Report on sanitation, dispensaries, and jails in Rajputana for 1918, and on vaccination for the year 1918-1919 - 1918-1919
Year: 1918
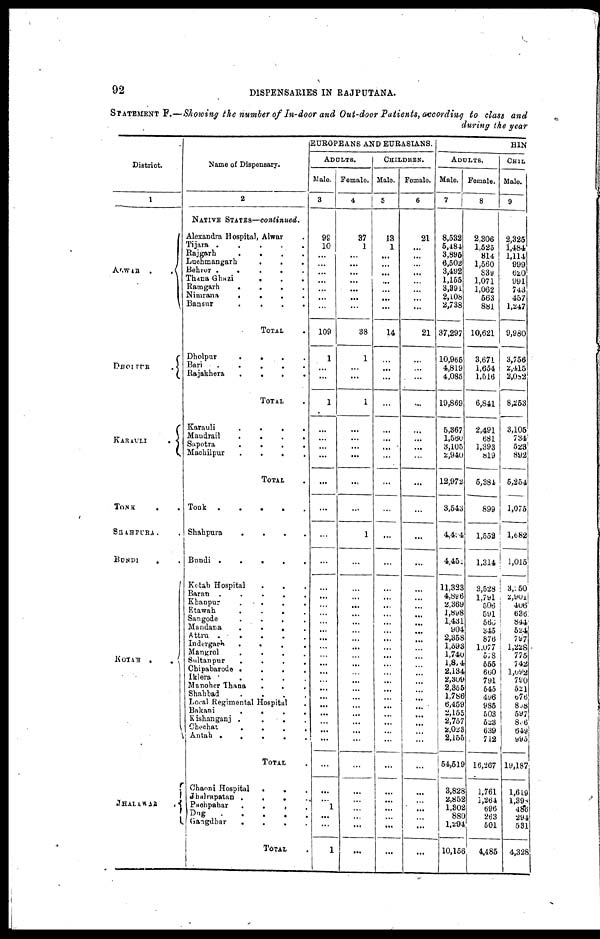
92
DISPENSARIES IN RAJPUTANA.
STATEMENT F.—Showing the number of In-door and Out-door Patients, according to class and
during the year
District.
1
ALWAR
..
DHOLPUR
.
KARAULI
.
TONK ..
SHAHPURA..
BUNDI
..
KOTAH
..
JHALAWAR
.
Name of Dispensary.
2
NATIVE STATES—continued.
Alexandra Hospital, Alwar .
Tijara
.....
Rajgarh
....
Luchmangarh
...
Behror
.....
Thana Ghazi
...
Ramgarh
....
Nimrana
....
Bansur
....
TOTAL .
Dholpur
....
Bari
.....
Rajakhera
....
TOTAL .
Karauli
....
Maudrail
....
Supotra
....
Machilpur
....
TOTAL .
Tonk
.....
Shahpura
....
Bundi
.....
Kotah Hospital ...
Baran
.....
Khanpur
....
Etawah
....
Sangode
....
Mandana
....
Attru
....
Indergarh
....
Mangrol
....
Sultanpur
....
Chipabarode ....
Iklera
.....
Manoher Thana ...
Shahbad
....
Local Regimental Hospital .
Bakani
....
Kishanganj ....
Chechat
....
Antah
.....
TOTAL .
Chaoni Hospital
...
Jhalrapatan ....
Pachpahar
...
Dug
....
Gangdhar
....
TOTAL .
EUROPEANS AND EURASIANS.
ADULTS.
Male.
3
99
10
...
...
...
...
...
...
...
109
1
...
...
1
...
...
...
...
...
...
...
...
...
...
...
...
...
...
...
...
...
...
...
...
...
...
...
...
...
...
...
...
...
...
1
...
...
1
Female.
4
37
1
...
...
...
...
...
...
...
38
1
...
...
1
...
...
...
...
...
...
1
...
...
...
...
...
...
...
...
...
...
...
...
...
...
...
...
...
...
...
...
...
...
...
...
...
...
...
CHILDREN.
Male.
5
18
1
...
...
...
...
...
...
...
14
...
...
...
...
...
...
...
...
...
...
...
...
...
...
...
...
...
...
...
...
...
...
...
...
...
...
...
...
...
...
...
...
...
...
...
...
...
...
Female.
6
21
...
...
...
...
...
...
...
...
21
...
...
...
...
...
...
...
...
...
...
...
...
...
...
...
...
...
...
...
...
...
...
...
...
...
...
...
...
...
...
...
...
...
...
...
...
...
...
HIN
ADULTS.
Male.
7
8,532
5,484
3,895
6,502
3,492
1,155
3,391
2,108
2,738
37,297
10,965
4,819
4,085
19,869
5,367
1,560
3,105
2,940
12,972
3,543
4,494
4,451
11,323
4,896
2,369
1,898
1,431
904
2,358
1,593
1,740
1,804
2,134
2,309
2,355
1,786
6,459
2,155
2,757
2,023
2,155
54,519
3,828
2,852
1,302
880
1,294
10,156
Female.
8
2,306
1,525
814
1,560
839
1,071
1,062
563
881
10,621
3,671
1,654
1,516
6,841
2,491
681
1,393
819
5,384
899
1,552
1,314
3,528
1,791
506
591
566
345
876
1,077
578
555
660
791
545
496
985
503
523
639
712
16,267
1,761
1,264
696
263
501
4,485
CHIL
Male.
9
2,325
1,484
1,114
999
620
991
743
457
1,247
9,980
3,756
2,415
2,082
8,253
3,105
734
523
892
5,254
1,075
1,682
1,015
3,250
2,901
406'
636
844
524
797
1,228
775
742
1,092
790
521
676
898
597
806
649
995
19,187
1,619
1,398
486
294
531
4,328